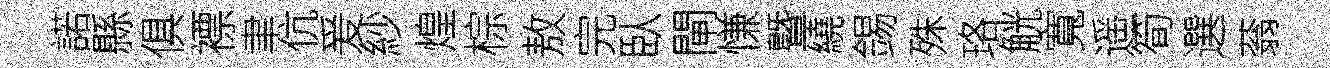
諾縣俱褾聿伉爰紗煌棕敖完臥閘慊曁繞錫殊珞觥寬遥筍選蓊